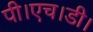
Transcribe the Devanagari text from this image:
पी।एच।डी।